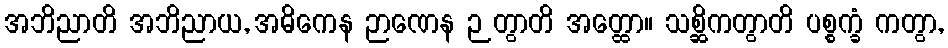
အဘိညာတိ အဘိညာယ, အဓိကေန ဉာဏေန ဉတွာတိ အတ္ထော။ သစ္ဆိကတွာတိ ပစ္စက္ခံ ကတွာ,